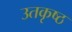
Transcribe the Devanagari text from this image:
उतकृष्ठ